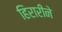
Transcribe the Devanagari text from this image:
हिरारीने